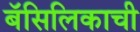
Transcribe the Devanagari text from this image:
बॅसिलिकाची